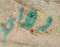
ولائي